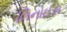
લિનોઈસ